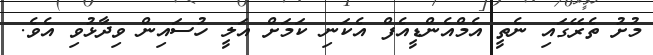
މުށު ތެރޭގައި ނެތީ އެމްއެންޑީއެފް އެކަނި ކަމަށް އަލީ ހުސައިން ވިދާޅުވި އެވެ.